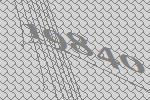
19840